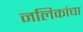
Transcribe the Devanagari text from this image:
नलिकांचा